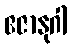
ဧဇာနုဂါ